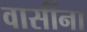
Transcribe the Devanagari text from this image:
वासींना